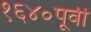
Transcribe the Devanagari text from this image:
१६४०पूर्वी